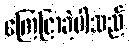
ကြေငြာခဲ့ပါသည်